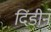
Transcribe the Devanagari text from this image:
दिंडीने